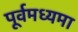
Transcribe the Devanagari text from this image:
पूर्वमध्यमा